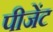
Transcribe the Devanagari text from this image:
पीजेंट